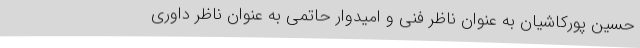
حسین پورکاشیان به عنوان ناظر فنی و امیدوار حاتمی به عنوان ناظر داوری